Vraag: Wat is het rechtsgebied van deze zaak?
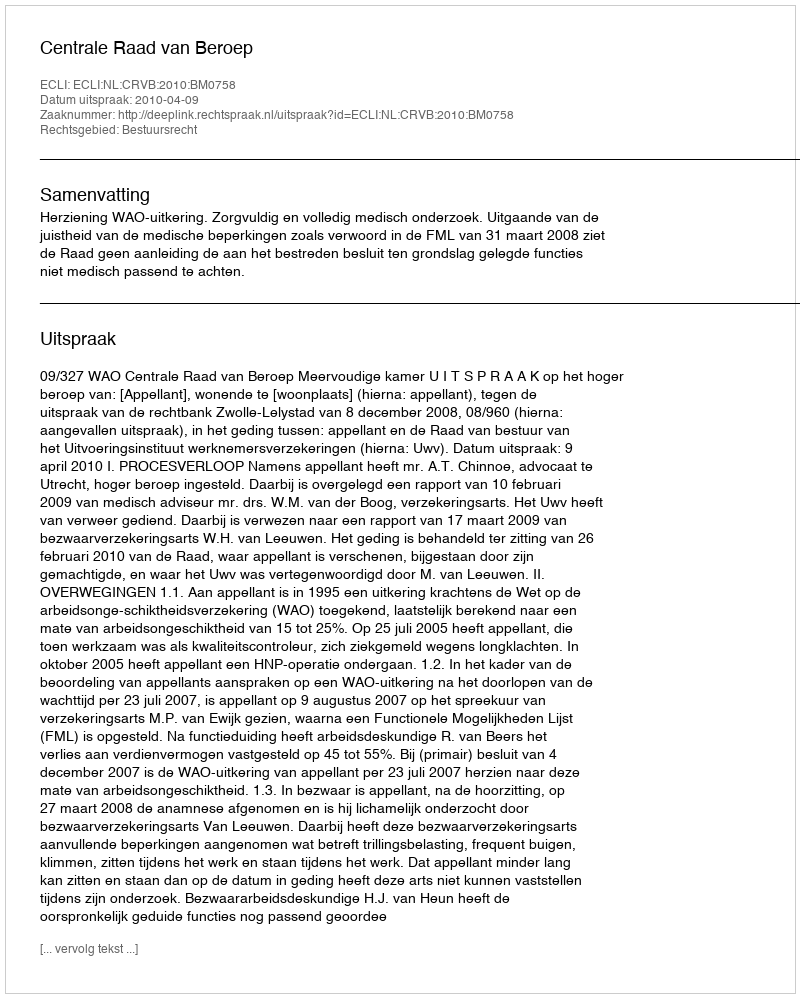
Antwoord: Bestuursrecht